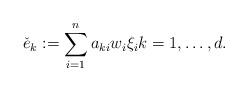
LaTeX: \begin{align*}\check{e}_k := \sum_{i=1}^n a_{ki} w_i \xi_i k=1,\ldots ,d.\end{align*}